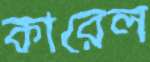
কারেল